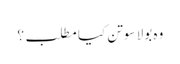
وہ بولا سوتن کیا مطلب؟